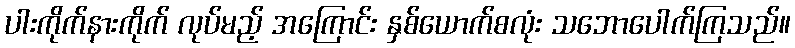
ပါးကိုက်နားကိုက် လုပ်မည့် အကြောင်း နှစ်ယောက်စလုံး သဘောပေါက်ကြသည်။